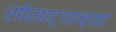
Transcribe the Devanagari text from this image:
सोसाट्याच्या